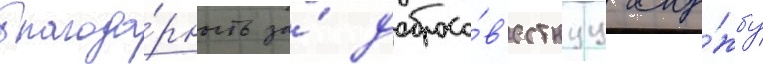
благода́рность за́ добросо́в'естнуу слу́жбу